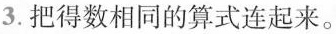
3.把得数相同的算式连起来。